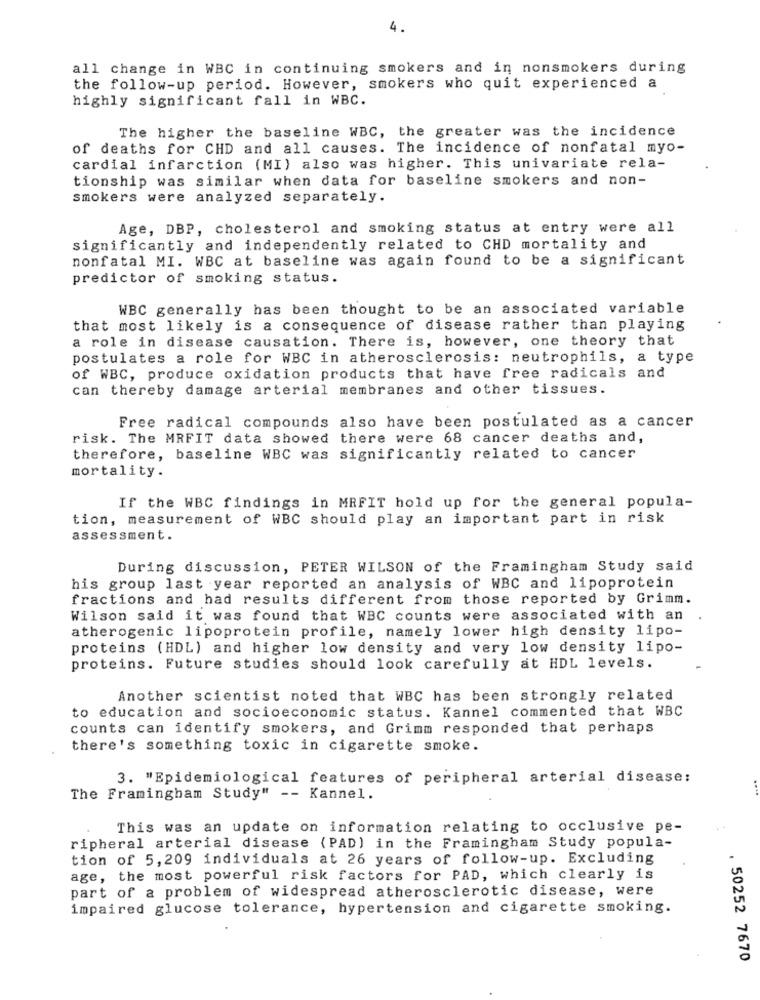
4.
all change in WBC in continuing smokers and in nonsmokers during
the follow-up period. However, smokers who quit experienced a
highly significant fall in WBC.
The higher the baseline WBC, the greater was the incidence
of deaths for CHD and all causes. The incidence of nonfatal myo-
cardial infarction (MI) also was higher. This univariate rela-
tionship was similar when data for baseline smokers and non-
smokers were analyzed separately.
Age, DBP, cholesterol and smoking status at entry were all
significantly and independently related to CHD mortality and
nonfatal MI. WBC at baseline was again found to be a significant
predictor of smoking status.
WBC generally has been thought to be an associated variable
that most likely is a consequence of disease rather than playing
a role in disease causation. There is, however, one theory that
postulates a role for WBC in atherosclerosis: neutrophils, a type
of WBC, produce oxidation products that have free radicals and
can thereby damage arterial membranes and other tissues.
Free radical compounds also have been postulated as a cancer
risk. The MRFIT data showed there were 68 cancer deaths and,
therefore, baseline WBC was significantly related to cancer
mortality.
If the WBC findings in MRFIT hold up for the general popula-
tion, measurement of WBC should play an important part in risk
assessment.
During discussion, PETER WILSON of the Framingham Study said
his group last year reported an analysis of WBC and lipoprotein
fractions and had results different from those reported by Grimm.
Wilson said it was found that WBC counts were associated with an
atherogenic lipoprotein profile, namely lower high density lipo-
proteins (HDL) and higher low density and very low density lipo-
proteins. Future studies should look carefully at HDL levels.
Another scientist noted that WBC has been strongly related
to education and socioeconomic status. Kannel commented that WBC
counts can identify smokers, and Grimm responded that perhaps
there's something toxic in cigarette smoke.
3. "Epidemiological features of peripheral arterial disease:
The Framingham Study" -- Kannel.
This was an update on information relating to occlusive pe-
ripheral arterial disease (PAD) in the Framingham Study popula-
tion of 5, 209 individuals at 26 years of follow-up. Excluding
age, the most powerful risk factors for PAD, which clearly is
part of a problem of widespread atherosclerotic disease, were
impaired glucose tolerance, hypertension and cigarette smoking.
. 50252 7670